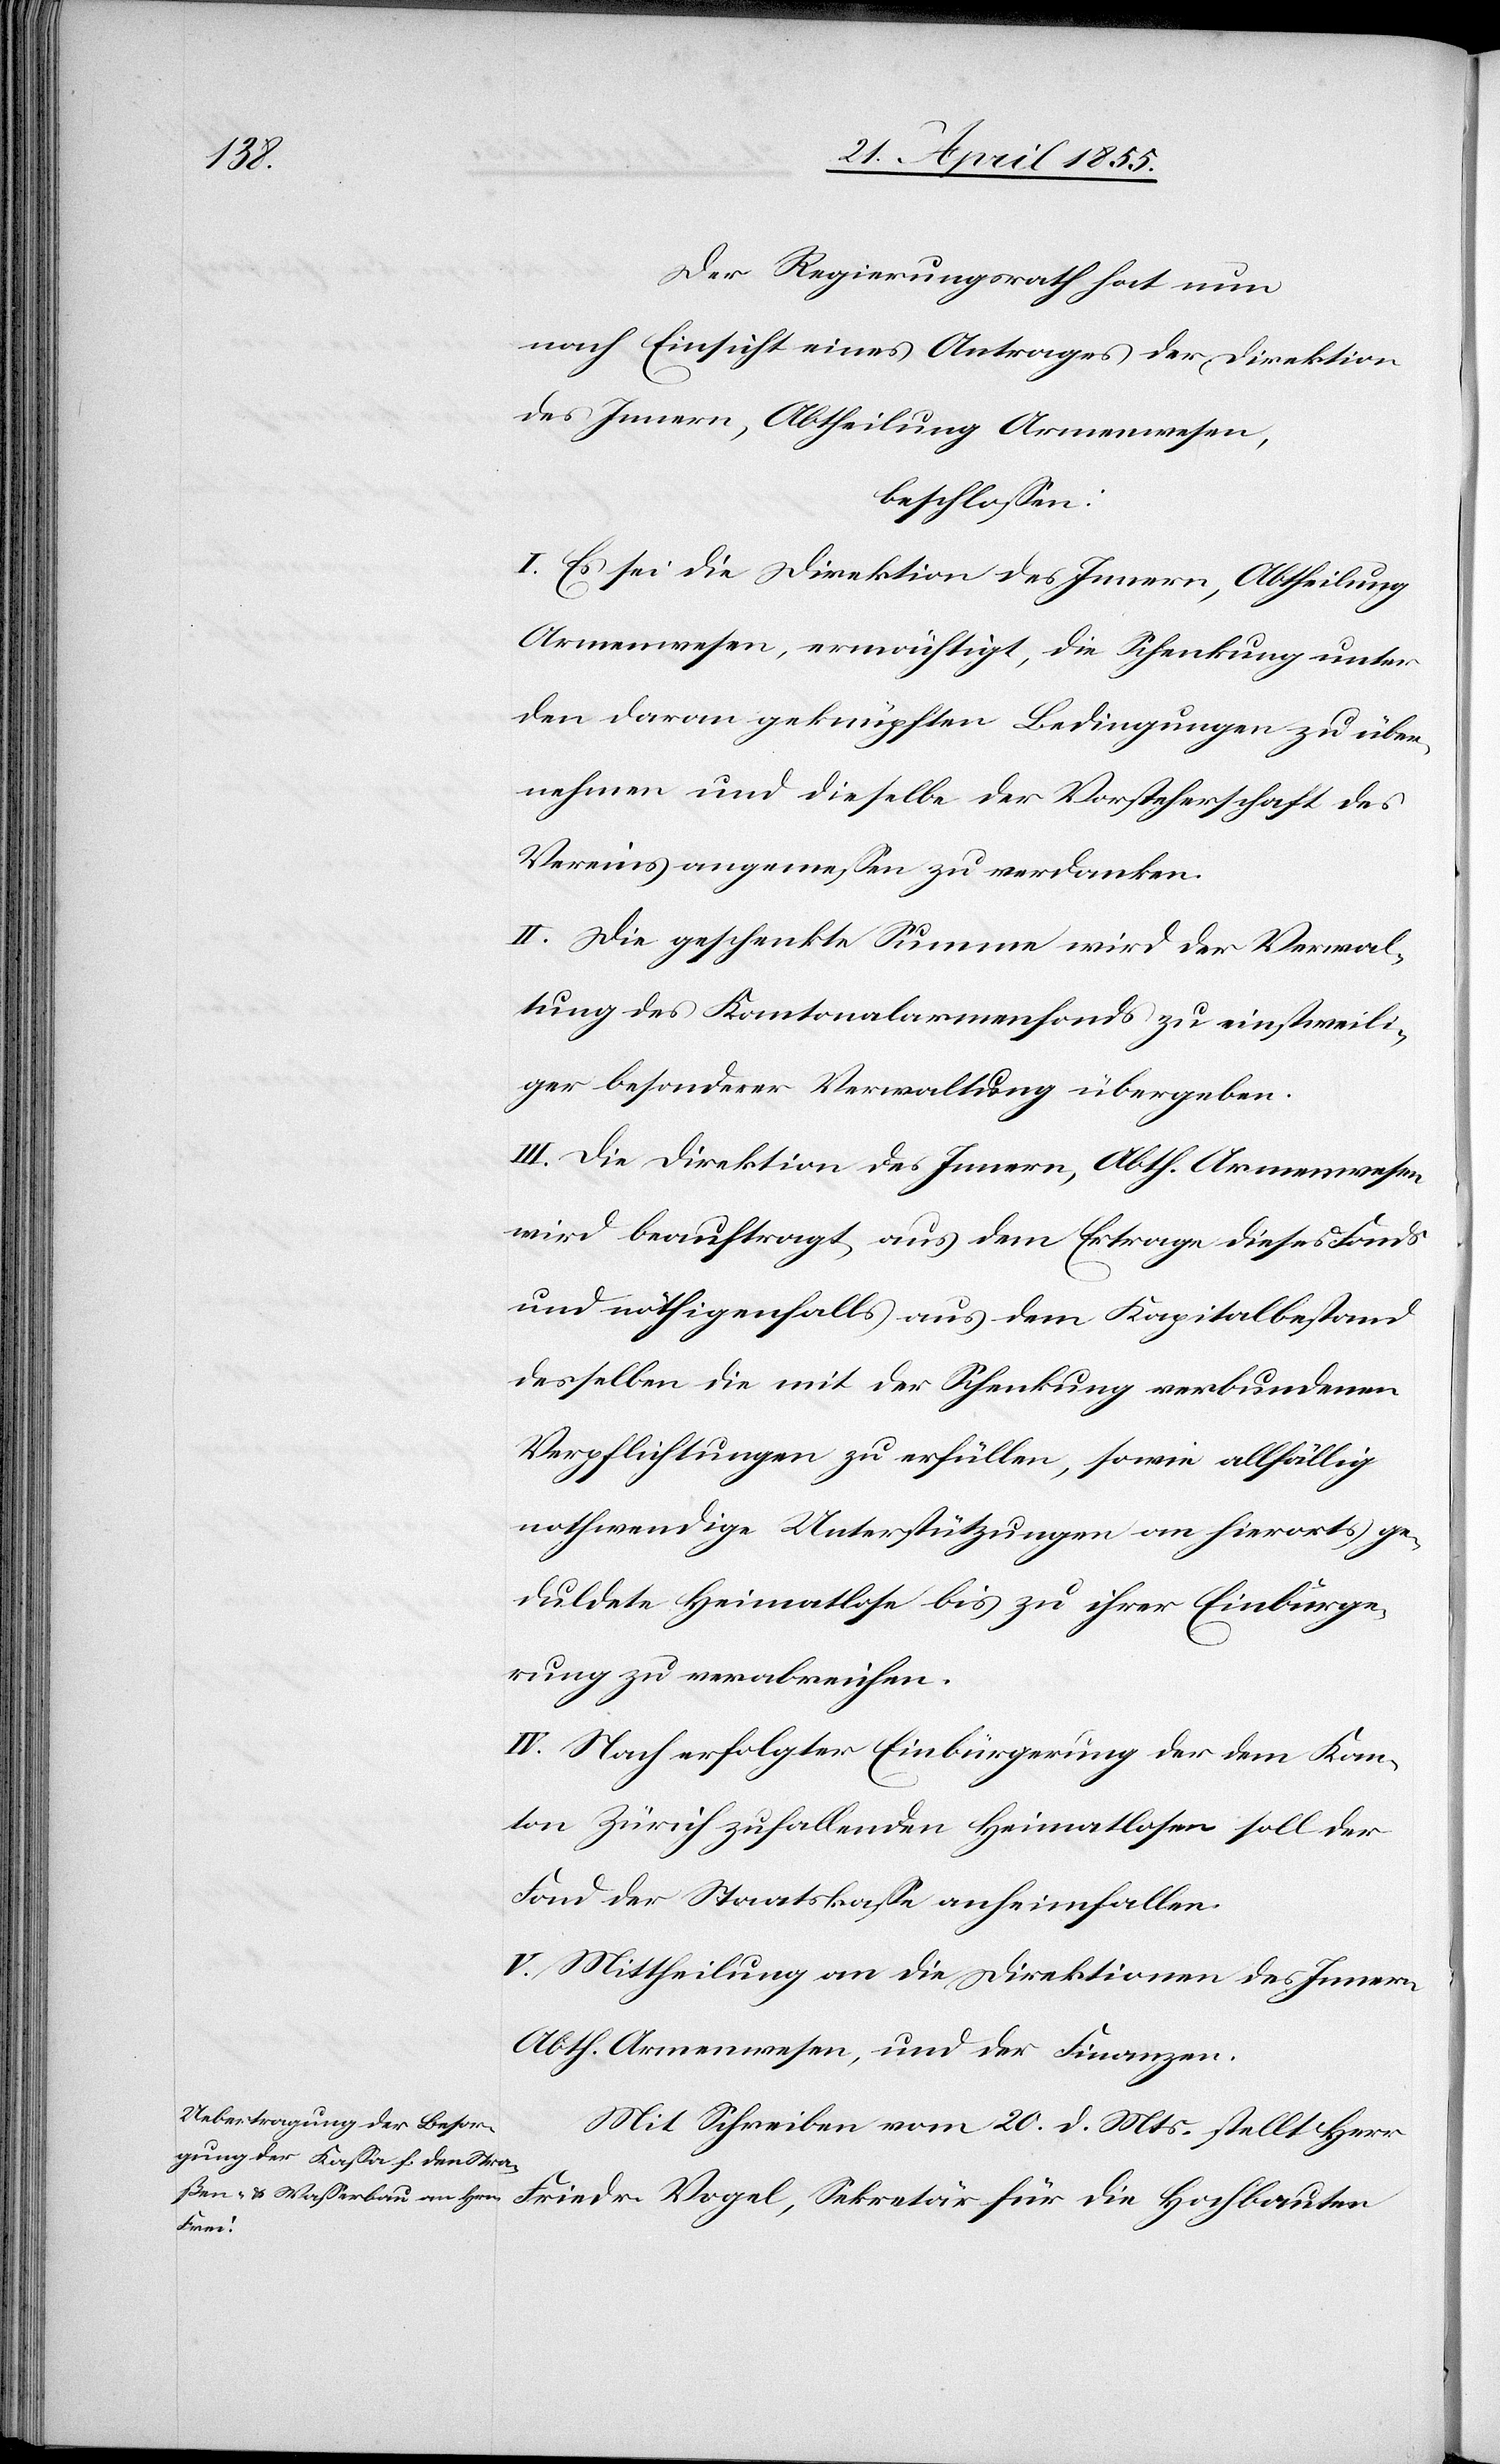
Der Regierungsrath hat nun
nach Einsicht eines Antrages der Direktion
des Innern, Abtheilung Armenwesen,
beschlossen:
I. Es sei die Direktion des Innern, Abtheilung
Armenwesen, ermächtigt, die Schenkung unter
den daran geknüpften Bedingungen zu über¬
nehmen und dieselbe der Vorsteherschaft des
Vereins angemessen zu verdanken.
II. Die geschenkte Summe wird der Verwal¬
tung des Kantonalarmenfonds zu einstweili¬
ger besonderer Verwaltung übergeben.
III. Die Direktion des Innern, Abth. Armenwesen
wird beauftragt, aus dem Ertrage dieses Fonds
und nöthigenfalls aus dem Kapitalbestand
desselben die mit der Schenkung verbundenen
Verpflichtungen zu erfüllen, sowie allfällig
nothwendige Unterstützungen an hierorts ge¬
duldete Heimatlose bis zu ihrer Einbürge¬
rung zu verabreichen.
IV. Nach erfolgter Einbürgerung der dem Kan¬
ton Zürich zufallenden Heimatlosen soll der
Fond der Staatskasse anheimfallen.
V. Mittheilung an die Direktionen des Innern
Abth. Armenwesen, und der Finanzen.
Mit Schreiben vom 20. d. Mts. stellt Herr
Friedr. Vogel, Sekretär für die Hochbauten